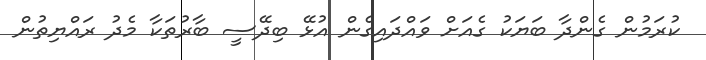
ކުރަމުން ގެންދާ ބަޔަކު ގެއަށް ވައްދައިގެން އުޅޭ ބިދޭސީ ބާރުތަކާ މެދު ރައްޔިތުން